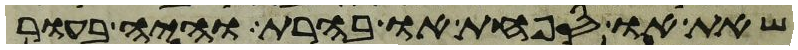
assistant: שאת או ספחת או בהרת והיה בעור